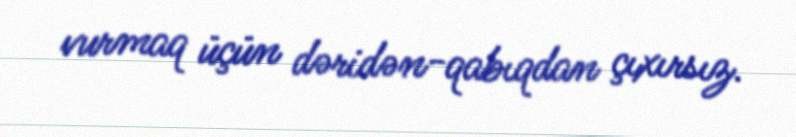
vurmaq üçün dəridən-qabıqdan çıxırsız.